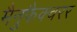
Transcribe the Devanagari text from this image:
मैनुफैक्चरर